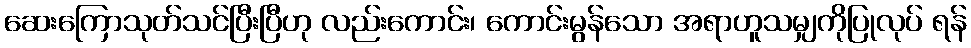
ဆေးကြောသုတ်သင်ပြီးပြီဟု လည်းကောင်း၊ ကောင်းမွန်သော အရာဟူသမျှကိုပြုလုပ် ရန်